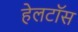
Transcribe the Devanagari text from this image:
हेलटॉस